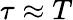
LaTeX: \tau\approx T